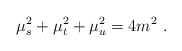
\begin{align*}\mu^2_s+\mu^2_t+\mu^2_u=4m^2 \ . \end{align*}